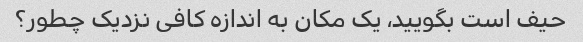
حیف است بگویید، یک مکان به اندازه کافی نزدیک چطور؟